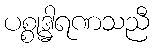
ပစ္စုဒ္ဓါရဏသညီ